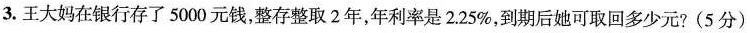
3. 王大妈在银行存了5000元钱，整存整取2年，年利率是2.25%，到期后她可取回多少元? (5分)